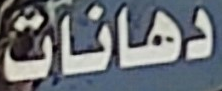
دهانات